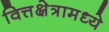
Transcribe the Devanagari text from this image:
वित्तक्षेत्रामध्ये